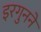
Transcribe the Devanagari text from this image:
इरगुनने